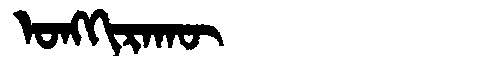
Manchu: ᠣᠩᡴᡳᡵᠠᡴᡡ
Romanization: ONGKIRAKŪ